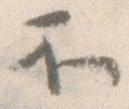
不